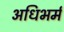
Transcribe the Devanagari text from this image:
अधिभर्म